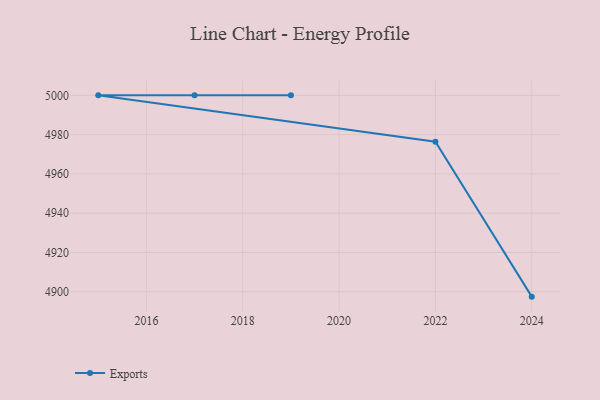
{"axis": {"x": "Year", "y": "Tickets Resolved"}, "legend": ["Exports"], "data": [{"x": "2024", "y": 4897.5, "type": "Exports"}, {"x": "2022", "y": 4976.4, "type": "Exports"}, {"x": "2015", "y": 5000, "type": "Exports"}, {"x": "2017", "y": 5000, "type": "Exports"}, {"x": "2019", "y": 5000, "type": "Exports"}]}